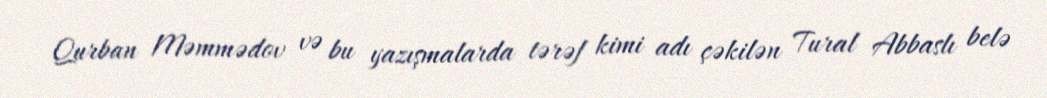
Qurban Məmmədov və bu yazışmalarda tərəf kimi adı çəkilən Tural Abbaslı belə